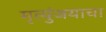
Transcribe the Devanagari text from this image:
मृत्युंजयाचा